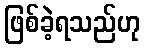
ဖြစ်ခဲ့ရသည်ဟု